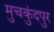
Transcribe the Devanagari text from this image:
मुचकुंदपुर